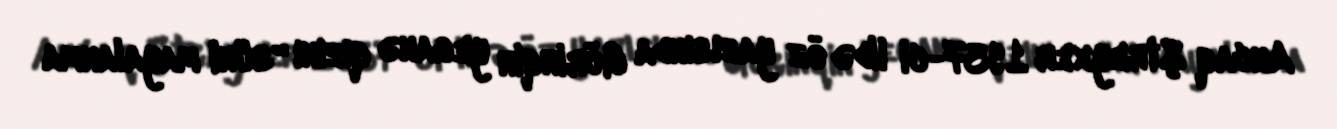
Ancaq Ştreyxer 1937-ci ildə öz yazısında Görinqin yeganə qızını “süni mayalanma